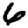
Digit: 6